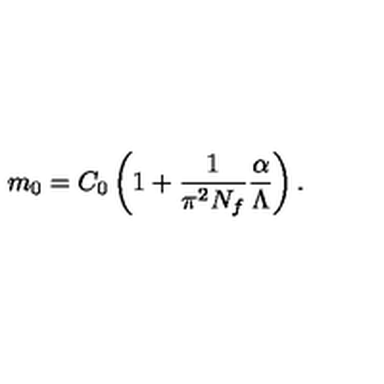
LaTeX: m _ { 0 } = C _ { 0 } \left( 1 + \frac { 1 } { \pi ^ { 2 } N _ { f } } { \frac { \alpha } { \Lambda } } \right) .